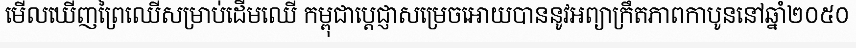
មើលឃើញព្រៃឈើសម្រាប់ដើមឈើ កម្ពុជាប្តេជ្ញាសម្រេចអោយបាននូវអព្យាក្រឹតភាពកាបូននៅឆ្នាំ២០៥០